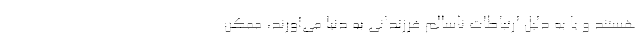
هستند و یا به دلیل ارتباطات ناسالم فرزندانی به دنیا می‌آورند، ممکن